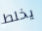
يخلط